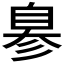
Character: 𦤒